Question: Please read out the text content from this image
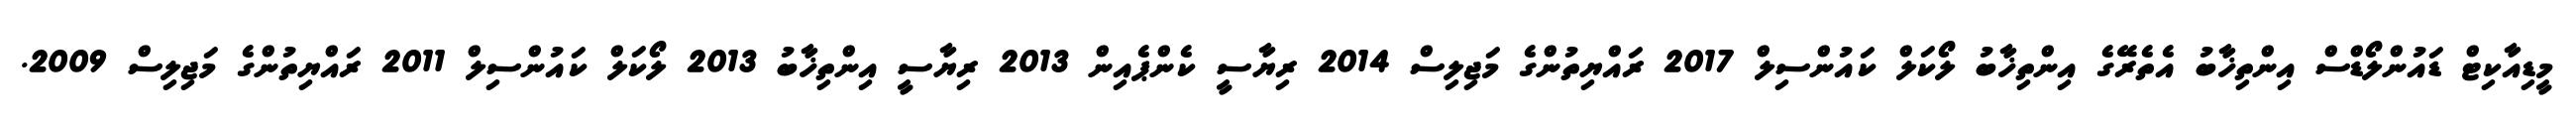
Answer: މީޑިއާކިޓް ޑައުންލޯޑްސް އިންތިޚާބު އެތެރޭގެ އިންތިޚާބު ލޯކަލް ކައުންސިލް 2017 ރައްޔިތުންގެ މަޖިލިސް 2014 ރިޔާސީ ކެންޕެއިން 2013 ރިޔާސީ އިންތިޚާބު 2013 ލޯކަލް ކައުންސިލް 2011 ރައްޔިތުންގެ މަޖިލިސް 2009.